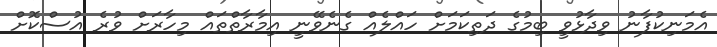
އެމަނިކުފާނު ވިދާޅުވީ ބިމުގެ ދަތިކަމަށް ހައްލެއް ގެނެވޭނީ އިމާރާތްތައް މިހާރަށް ވުރެ އުސްކޮށް